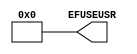
module EFUSE_USR (
  EFUSEUSR
);

  parameter [31:0] SIM_EFUSE_VALUE = 32'h00000000;

`ifdef XIL_TIMING

  parameter LOC = "UNPLACED";

`endif

    
  output [31:0] EFUSEUSR;

  assign EFUSEUSR = SIM_EFUSE_VALUE;

  specify

      specparam PATHPULSE$ = 0;

  endspecify

endmodule